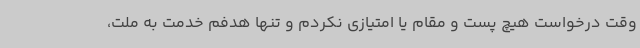
وقت درخواست هیچ پست و مقام یا امتیازی نکردم و تنها هدفم خدمت به ملت،